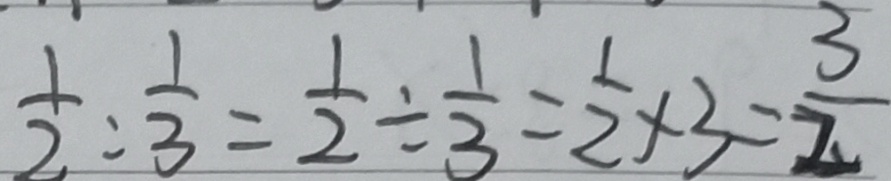
\frac { 1 } { 2 } : \frac { 1 } { 3 } = \frac { 1 } { 2 } \div \frac { 1 } { 3 } = \frac { 1 } { 2 } \times 3 = \frac { 3 } { 2 }